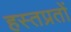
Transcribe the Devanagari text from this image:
हस्तप्रतों